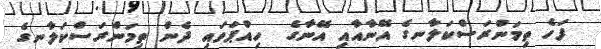
ފަހެ ތިމަންރަސްކަލާނގެ އޭނާއާއި އޭނާގެ  ހިއްޕަވައި ދެން ތިމަންރަސްކަލާނގެ